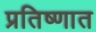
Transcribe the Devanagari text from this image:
प्रतिष्णात